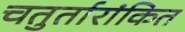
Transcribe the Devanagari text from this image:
चतुर्तारांकित